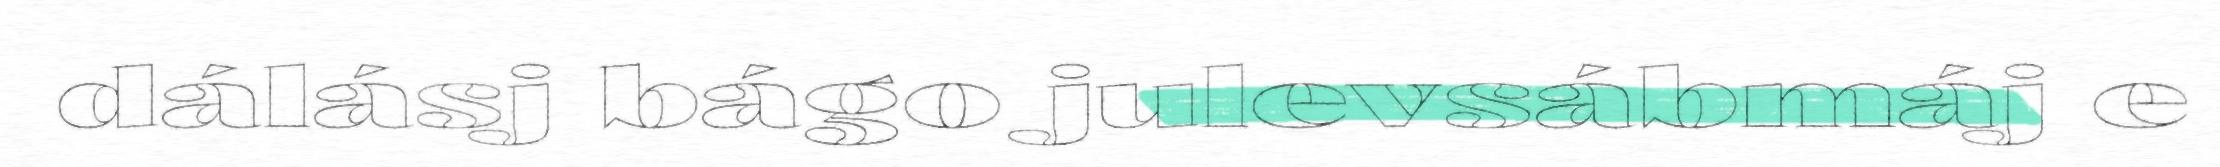
dálásj bágo julevsábmáj e